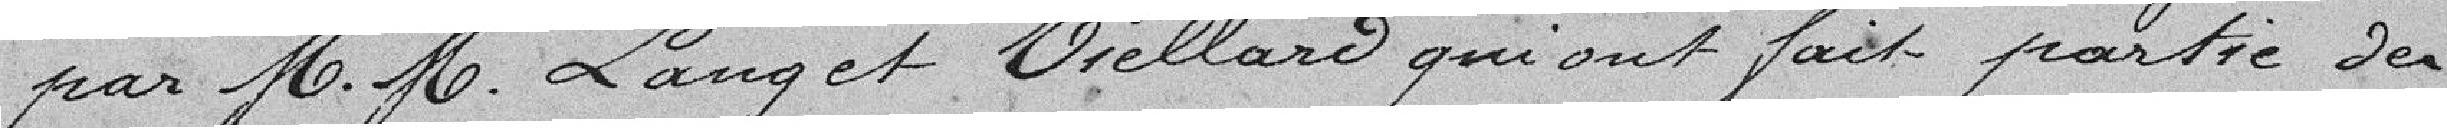
par M.M. Lang et Viellard qui ont fait partie des